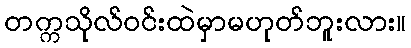
တက္ကသိုလ်ဝင်းထဲမှာမဟုတ်ဘူးလား။